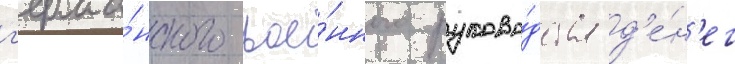
г'ерма́нского вое́нного руково́дства д'е́н'ег